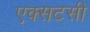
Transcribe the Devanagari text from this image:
एक्सटसी